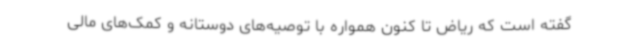
گفته است که ریاض تا کنون همواره با توصیه‌های دوستانه و کمک‌های مالی